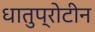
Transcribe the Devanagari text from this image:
धातुप्रोटीन